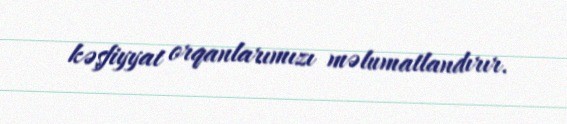
kəşfiyyat orqanlarımızı məlumatlandırır.